Tezpur Lunatic Asylum reports 1877-1894 - 1877-1894
Year: 1877
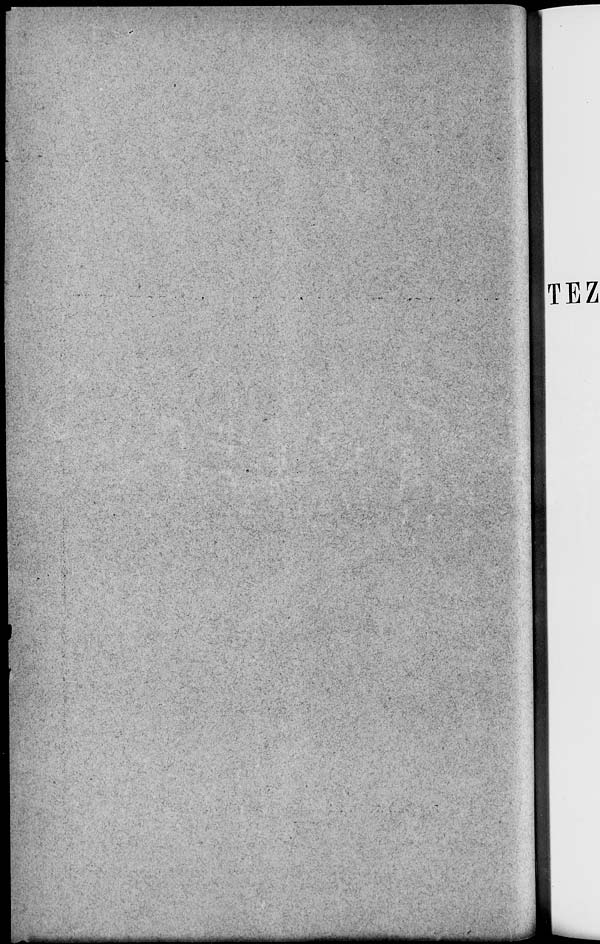
—■a^MM^^J^